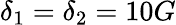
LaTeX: \delta_{1}=\delta_{2}=10G